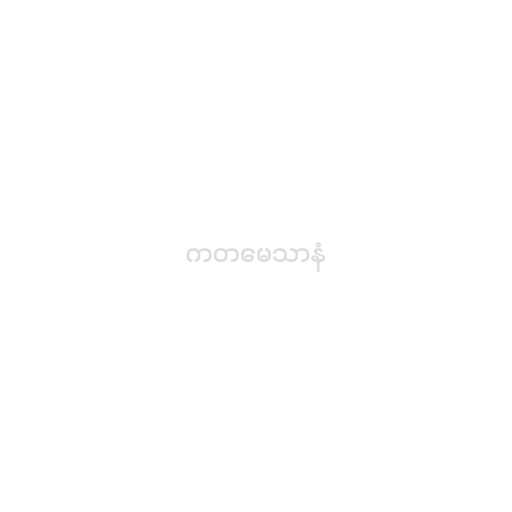
ကတမေသာနံ